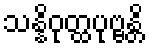
သန္နိဝုတ္ထပုဗ္ဗန္တိ